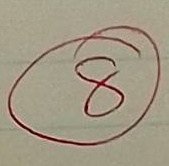
8